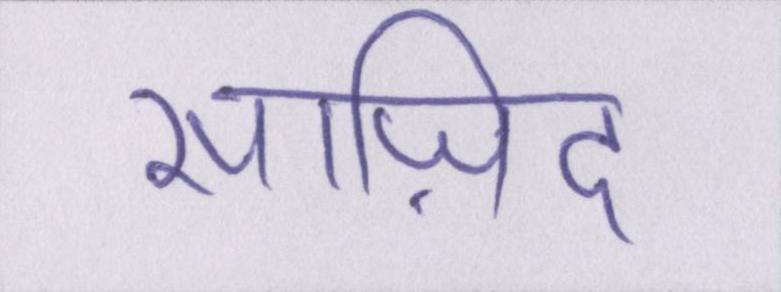
साज़िद